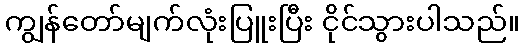
ကျွန်တော်မျက်လုံးပြူးပြီး ငိုင်သွားပါသည်။